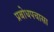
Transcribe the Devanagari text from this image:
प्रबोधपचासा